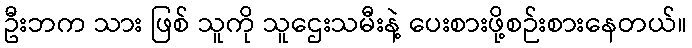
ဦးဘက သား ဖြစ် သူကို သူဌေးသမီးနဲ့ ပေးစားဖို့စဉ်းစားနေတယ်။